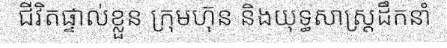
ជីវិតផ្ទាល់ខ្លួន ក្រុមហ៊ុន និងយុទ្ធសាស្ត្រដឹកនាំ